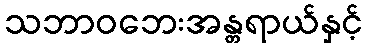
သဘာဝဘေးအန္တရာယ်နှင့်